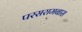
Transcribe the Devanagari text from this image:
परसरामबास